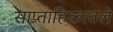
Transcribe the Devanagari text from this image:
साप्ताहिकातले